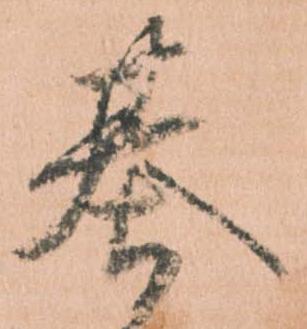
基